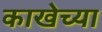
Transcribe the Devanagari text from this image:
काखेच्या